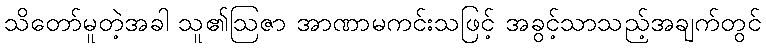
သိတော်မူတဲ့အခါ သူ၏ဩဇာ အာဏာမကင်းသဖြင့် အခွင့်သာသည့်အချက်တွင်